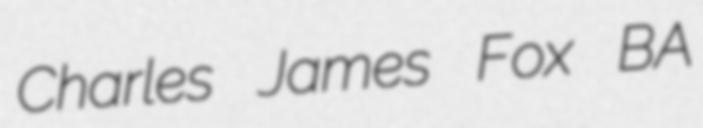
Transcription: Charles James Fox BA